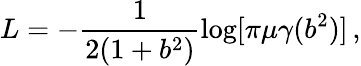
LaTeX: L=-\frac{1}{2(1+b^{2})}\log[\pi\mu\gamma(b^{2})]\, ,